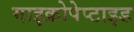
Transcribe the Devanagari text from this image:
माइक्रोपेप्टाइड